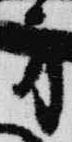
方